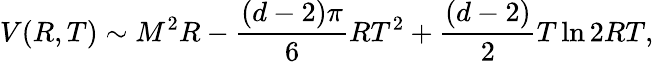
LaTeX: V(R,T)\sim M^{2}R-\frac{(d-2)\pi}{6}RT^{2}+\frac{(d-2)}{2}T\ln 2RT,